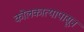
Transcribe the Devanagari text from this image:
कोलकात्यापासून